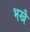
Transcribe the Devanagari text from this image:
भखै